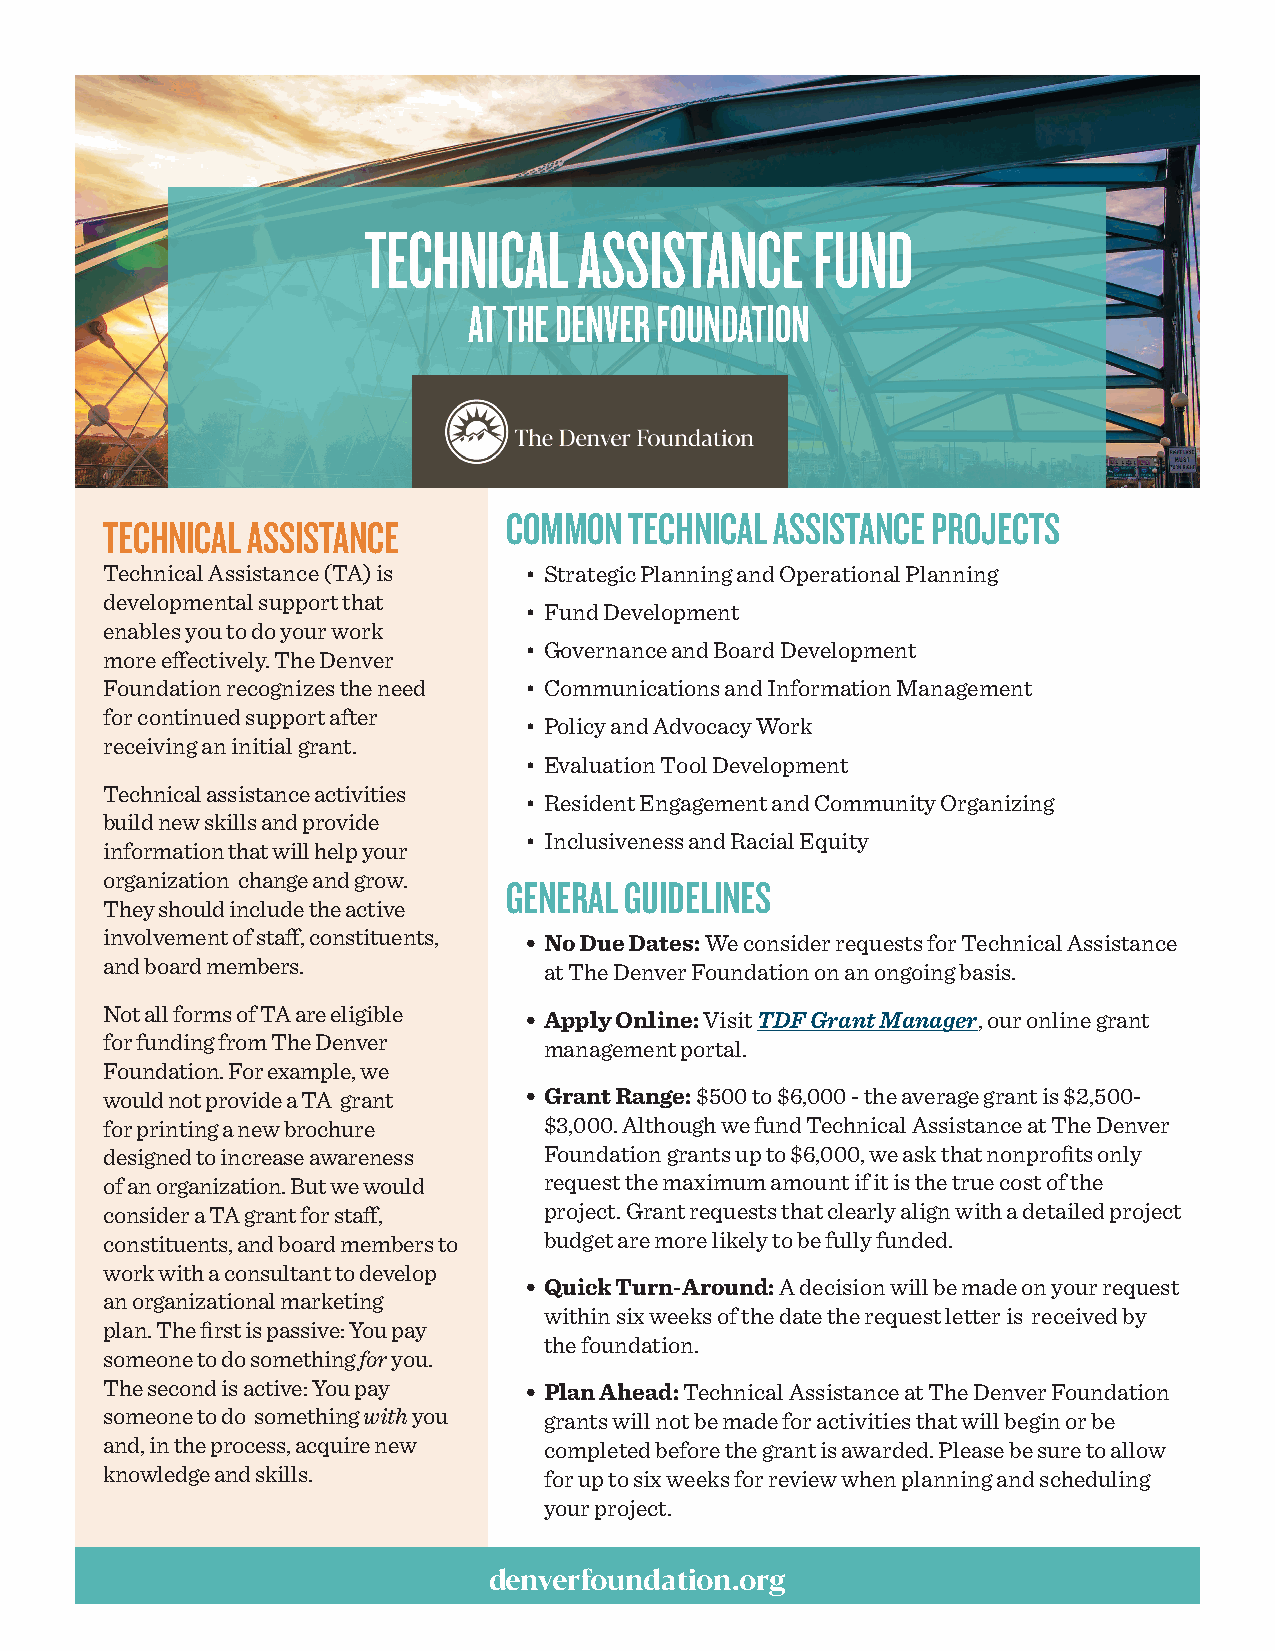
TECHNICAL     ASSISTANCE      FUND
 AT THE DENVER FOUNDATION
 COMMON  TECHNICAL ASSISTANCE PROJECTS
 TECHNICAL ASSISTANCE
 Technical Assistance (TA) is • Strategic Planning and Operational Planning
 developmental support that
 • Fund Development
 enables you to do your work
 • Governance and Board Development
 more effectively. The Denver
 Foundation recognizes the need • Communications and Information Management
 for continued support after
 • Policy and Advocacy Work
 receiving an initial grant.
 • Evaluation Tool Development
 Technical assistance activities
 • Resident Engagement and Community Organizing
 build new skills and provide
 • Inclusiveness and Racial Equity
 information that will help your
 organization change and grow.
 GENERAL GUIDELINES
 They should include the active
 involvement of staff, constituents, • No Due Dates: We consider requests for Technical Assistance
 and board members.           at The Denver Foundation on an ongoing basis.
 Not all forms of TA are eligible • Apply Online: Visit TDF Grant Manager, our online grant
 for funding from The Denver  management portal.
 Foundation. For example, we
 would not provide a TA grant • Grant Range: $500 to $6,000 - the average grant is $2,500-
 for printing a new brochure  $3,000. Although we fund Technical Assistance at The Denver
 designed to increase awareness Foundation grants up to $6,000, we ask that nonprofits only
 of an organization. But we would request the maximum amount if it is the true cost of the
 consider a TA grant for staff, project. Grant requests that clearly align with a detailed project
 constituents, and board members to budget are more likely to be fully funded.
 work with a consultant to develop
 • Quick Turn-Around: A decision will be made on your request
 an organizational marketing
 within six weeks of the date the request letter is received by
 plan. The first is passive: You pay
 the foundation.
 someone to do something for you.
 The second is active: You pay • Plan Ahead: Technical Assistance at The Denver Foundation
 someone to do something with you grants will not be made for activities that will begin or be
 and, in the process, acquire new completed before the grant is awarded. Please be sure to allow
 knowledge and skills.        for up to six weeks for review when planning and scheduling
 your project.
 denverfoundation.org